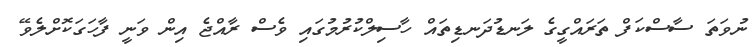
ނުވަތަ ސާސްކަފް ތަރައްގީގެ ލަނޑުދަނޑިތައް ހާސިލްކުރުމުގައި ވެސް ރާއްޖެ އިން ވަނީ ފާހަގަކޮށްލެވޭ